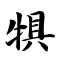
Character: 犋